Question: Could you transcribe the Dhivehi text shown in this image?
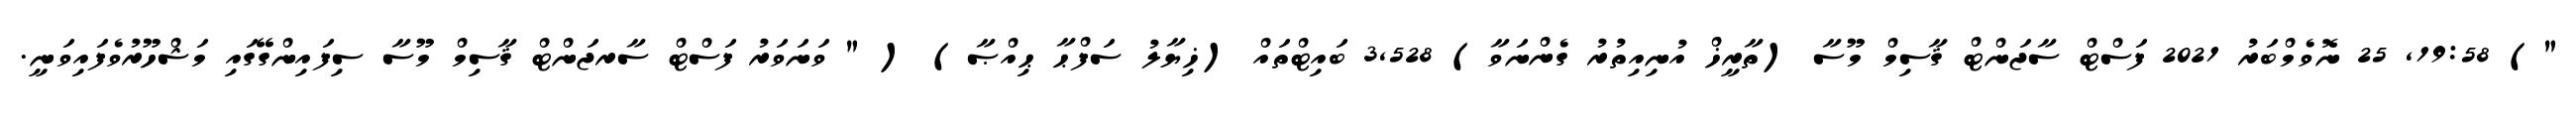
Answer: ") 19:58, 25 ނޮވެމްބަރު 2021 ފަސްޓް ސާޖަންޓް ޤާސިމް މޫސާ (ތާރީޚް އުނިއިތުރު ގެންނަވާ) 3,528 ބައިޓްތައް (ޚިޔާލު ސަފްޙާ ޙިއްޞާ) ( " ވަނަވަރު ފަސްޓް ސާރޖަންޓް ޤާސިމް މޫސާ ސިފައިންގޭގައި މަޝްހޫރުވެފައިވަނީ.